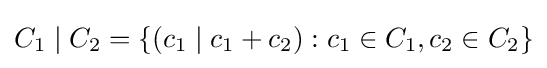
C_{1}\mid C_{2}=\{(c_{1}\mid c_{1}+c_{2}):c_{1}\in C_{1},c_{2}\in C_{2}\}